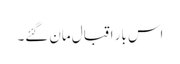
اس بار اقبال مان گئے۔